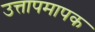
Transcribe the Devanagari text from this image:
उत्तापमापक